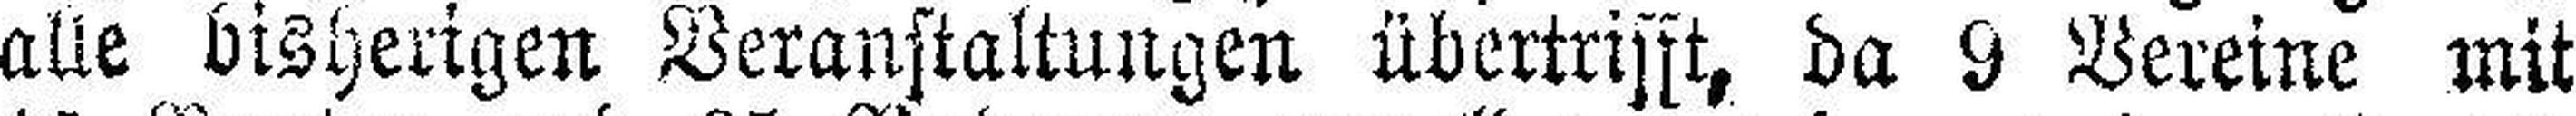
alle bisherigen Veranstaltungen übertrifft, da 9 Vereine mit